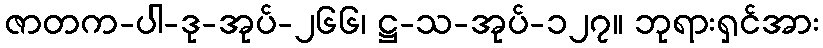
ဇာတက-ပါ-ဒု-အုပ်-၂၆၆၊ ဋ္ဌ-သ-အုပ်-၁၂၇။ ဘုရားရှင်အား